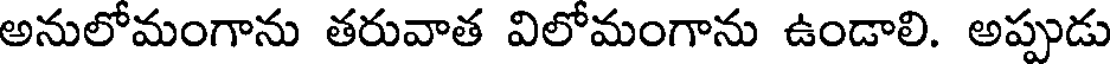
అనులోమంగాను తరువాత విలోమంగాను ఉండాలి. అప్పుడు